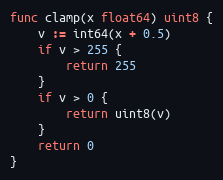
Language: Go
func clamp(x float64) uint8 {
	v := int64(x + 0.5)
	if v > 255 {
		return 255
	}
	if v > 0 {
		return uint8(v)
	}
	return 0
}